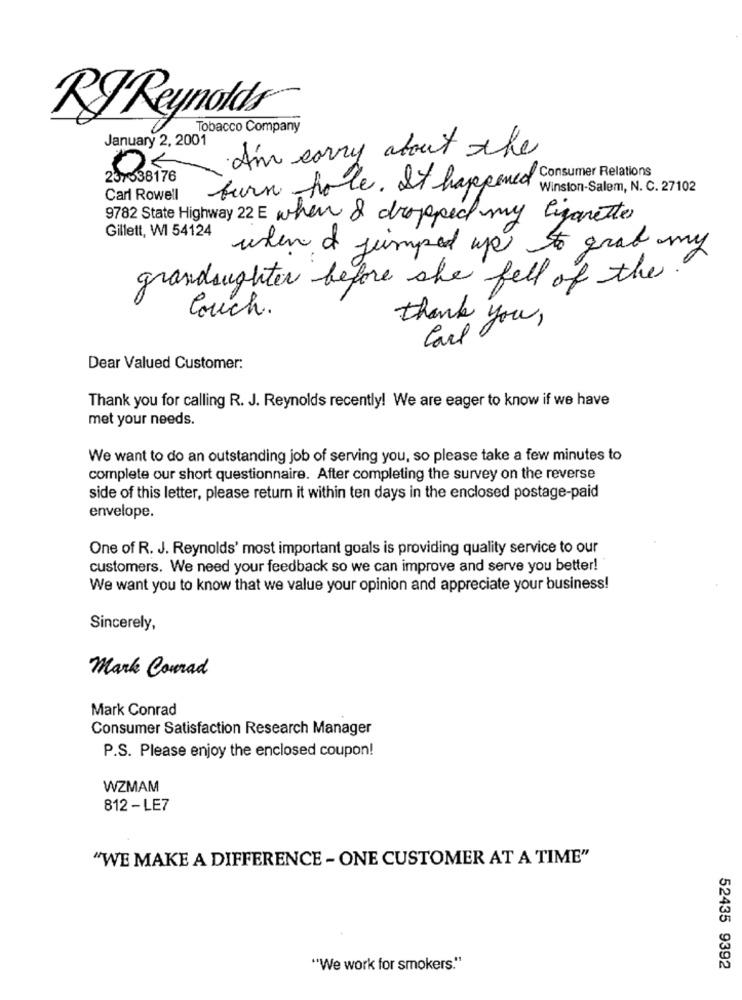
RJ Reynolds
Tobacco Company
January 2, 2001
I'm sorry about the
237538176
burn hole. It happened Consumer Relations
Winston-Salem, N. C. 27102
Carl Rowell
9782 State Highway 22 E when & dropped my ligaretter
Gillett, WI 54124
when I jumped up to grad my
grandaughter before she fell of the.
Couch.
thank you,
Carl
Dear Valued Customer:
Thank you for calling R. J. Reynolds recently! We are eager to know if we have
met your needs.
We want to do an outstanding job of serving you, so please take a few minutes to
complete our short questionnaire. After completing the survey on the reverse
side of this letter, please return it within ten days in the enclosed postage-paid
envelope.
One of R. J. Reynolds' most important goals is providing quality service to our
customers. We need your feedback so we can improve and serve you better!
We want you to know that we value your opinion and appreciate your business!
Sincerely,
Mark Conrad
Mark Conrad
Consumer Satisfaction Research Manager
P.S. Please enjoy the enclosed coupon!
WZMAM
812 -LE7
"WE MAKE A DIFFERENCE - ONE CUSTOMER AT A TIME"
"We work for smokers."
52435 9392